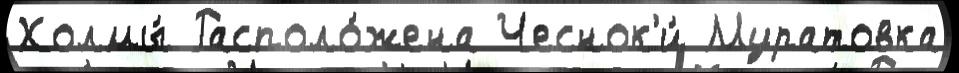
Холмы́ Располо́жена Чеснок'и́ Муратовка